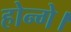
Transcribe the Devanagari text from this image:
होन्गे।